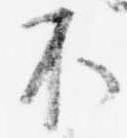
不